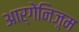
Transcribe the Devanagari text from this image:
आर्गेनिज़्म